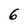
Character: 6